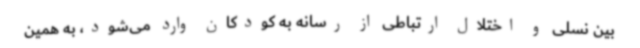
بین نسلی و اختلال ارتباطی از رسانه به کودکان وارد می‌شود، به همین